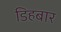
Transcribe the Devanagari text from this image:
डिहबार